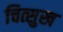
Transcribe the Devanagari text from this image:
चित्सुख